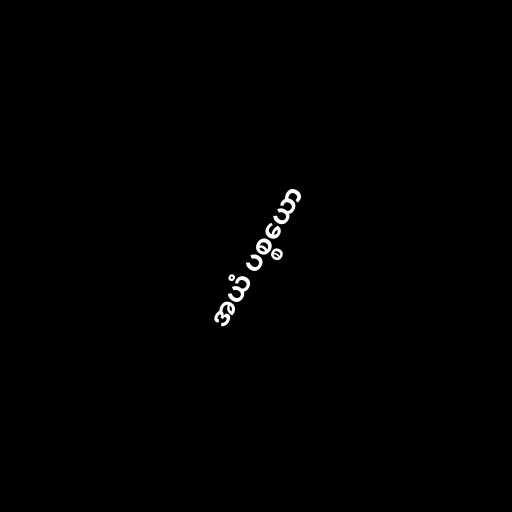
အယံ ပစ္စယော